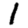
Digit: 1